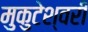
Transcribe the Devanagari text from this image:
मुकुटेश्वरी